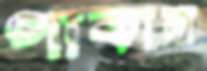
পাকাল